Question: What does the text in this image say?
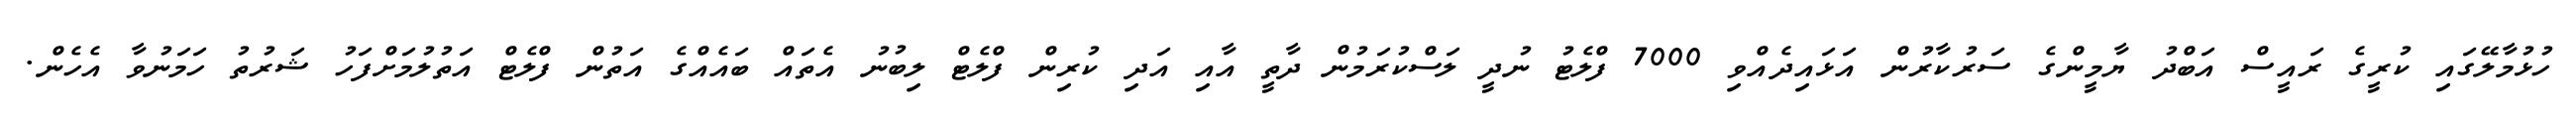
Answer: ހުޅުމާލޭގައި ކުރީގެ ރައީސް އަބްދު ޔާމީންގެ ސަރުކާރުން އަޅައިދެއްވި 7000 ފްލެޓު ނުދީ ލަސްކުރަމުން ދާތީ އާއި އަދި ކުރިން ފްލެޓް ލިބުނު އެތައް ބައެއްގެ އަތުން ފްލެޓް އަތުލުމަށްފަހު ޝަރުތު ހަމަނުވާ އެހެން.